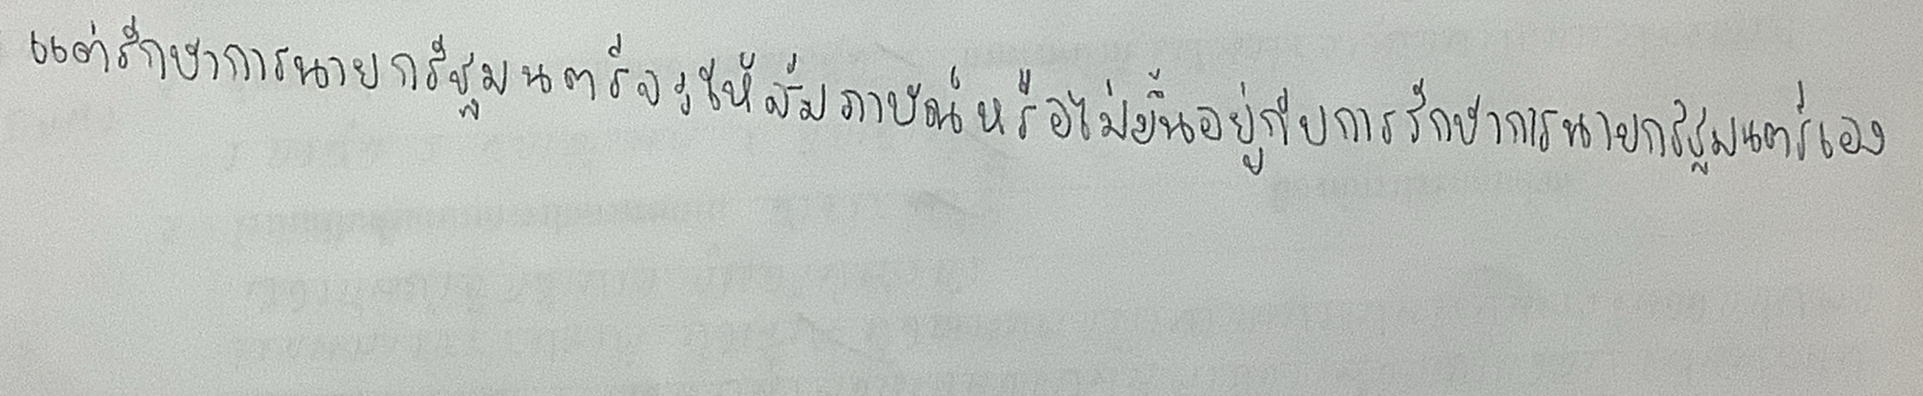
แต่รักษาการนายกรัฐมนตรีจะให้สัมภาษณ์หรือไม่ก็ขึ้นอยู่กับรักษาการนายกรัฐมนตรีเอง